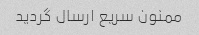
ممنون سریع ارسال گردید